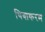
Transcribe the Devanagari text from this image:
थिवाकरम